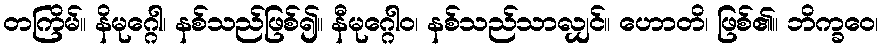
တကြိမ်။ နိမုဂ္ဂေါ၊ နစ်သည်ဖြစ်၍။ နီမုဂ္ဂေါဝ၊ နစ်သည်သာလျှင်။ ဟောတိ၊ ဖြစ်၏။ ဘိက္ခဝေ၊